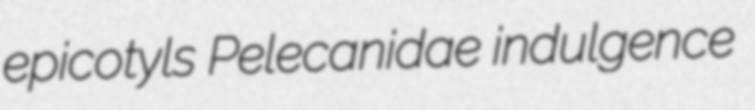
epicotyls Pelecanidae indulgence